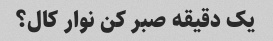
یک دقیقه صبر کن نوار کال؟